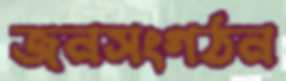
জনসংগঠন